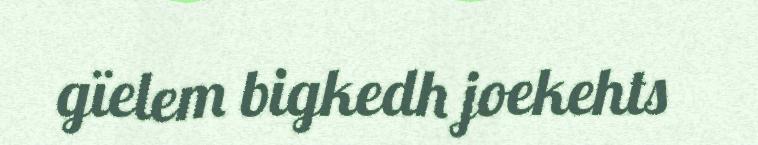
gïelem bigkedh joekehts